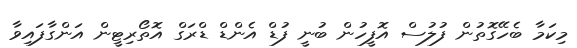
މިކަމާ ބެހޭގޮތުން ފުލުސް އޮފީހުން ބުނީ ފުޑް އެންޑް ޑްރަގް އޮތޯރިޓީން އަންގާފައިވާ